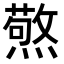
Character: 𭶍